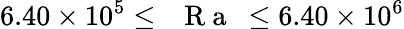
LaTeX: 6.40\times 10^{5}\leq\mathrm{~\textit~{~R~a~}~}\leq 6.40\times 10^{6}